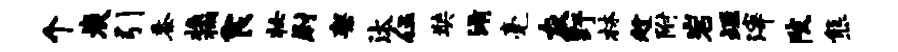
个炭引黍榱棚食妆尉架汰伍奘淆毫灰野林趁附岩垣滓陂熊